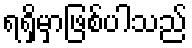
ရရှိမှာဖြစ်ပါသည်